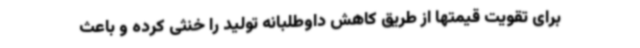
برای تقویت قیمتها از طریق کاهش داوطلبانه تولید را خنثی کرده و باعث